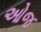
ઓજ